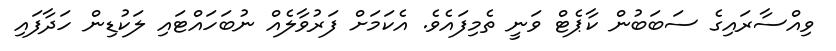
ވިއްސާރައިގެ ސަބަބުން ކާޕެޓް ވަނީ ތެމިފައެވެ. އެކަމަށް ފަރުވާލެއް ނުބަހައްޓައި ލަކުޑިން ހަދާފައި